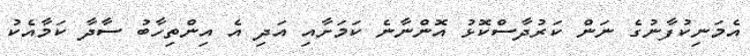
އެމަނިކުފާނުގެ ނަން ކަރުދާސްކޮޅު އޮންނާނެ ކަމަށާއި އަދި އެ އިންތިހާބު ސާދާ ކަމާއެކު